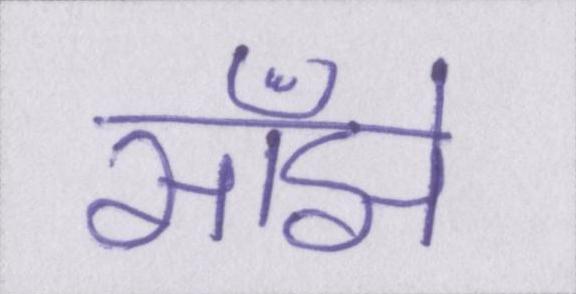
साँझे